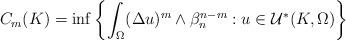
LaTeX: \begin{align*}\begin{aligned}C_m(K)=\inf\left\{\int_{\Omega}(\Delta u)^m\wedge\beta_n^{n-m}: u\in\mathcal{U}^*(K,\Omega)\right\}\end{aligned}\end{align*}